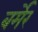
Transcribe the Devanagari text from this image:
बर्मेर